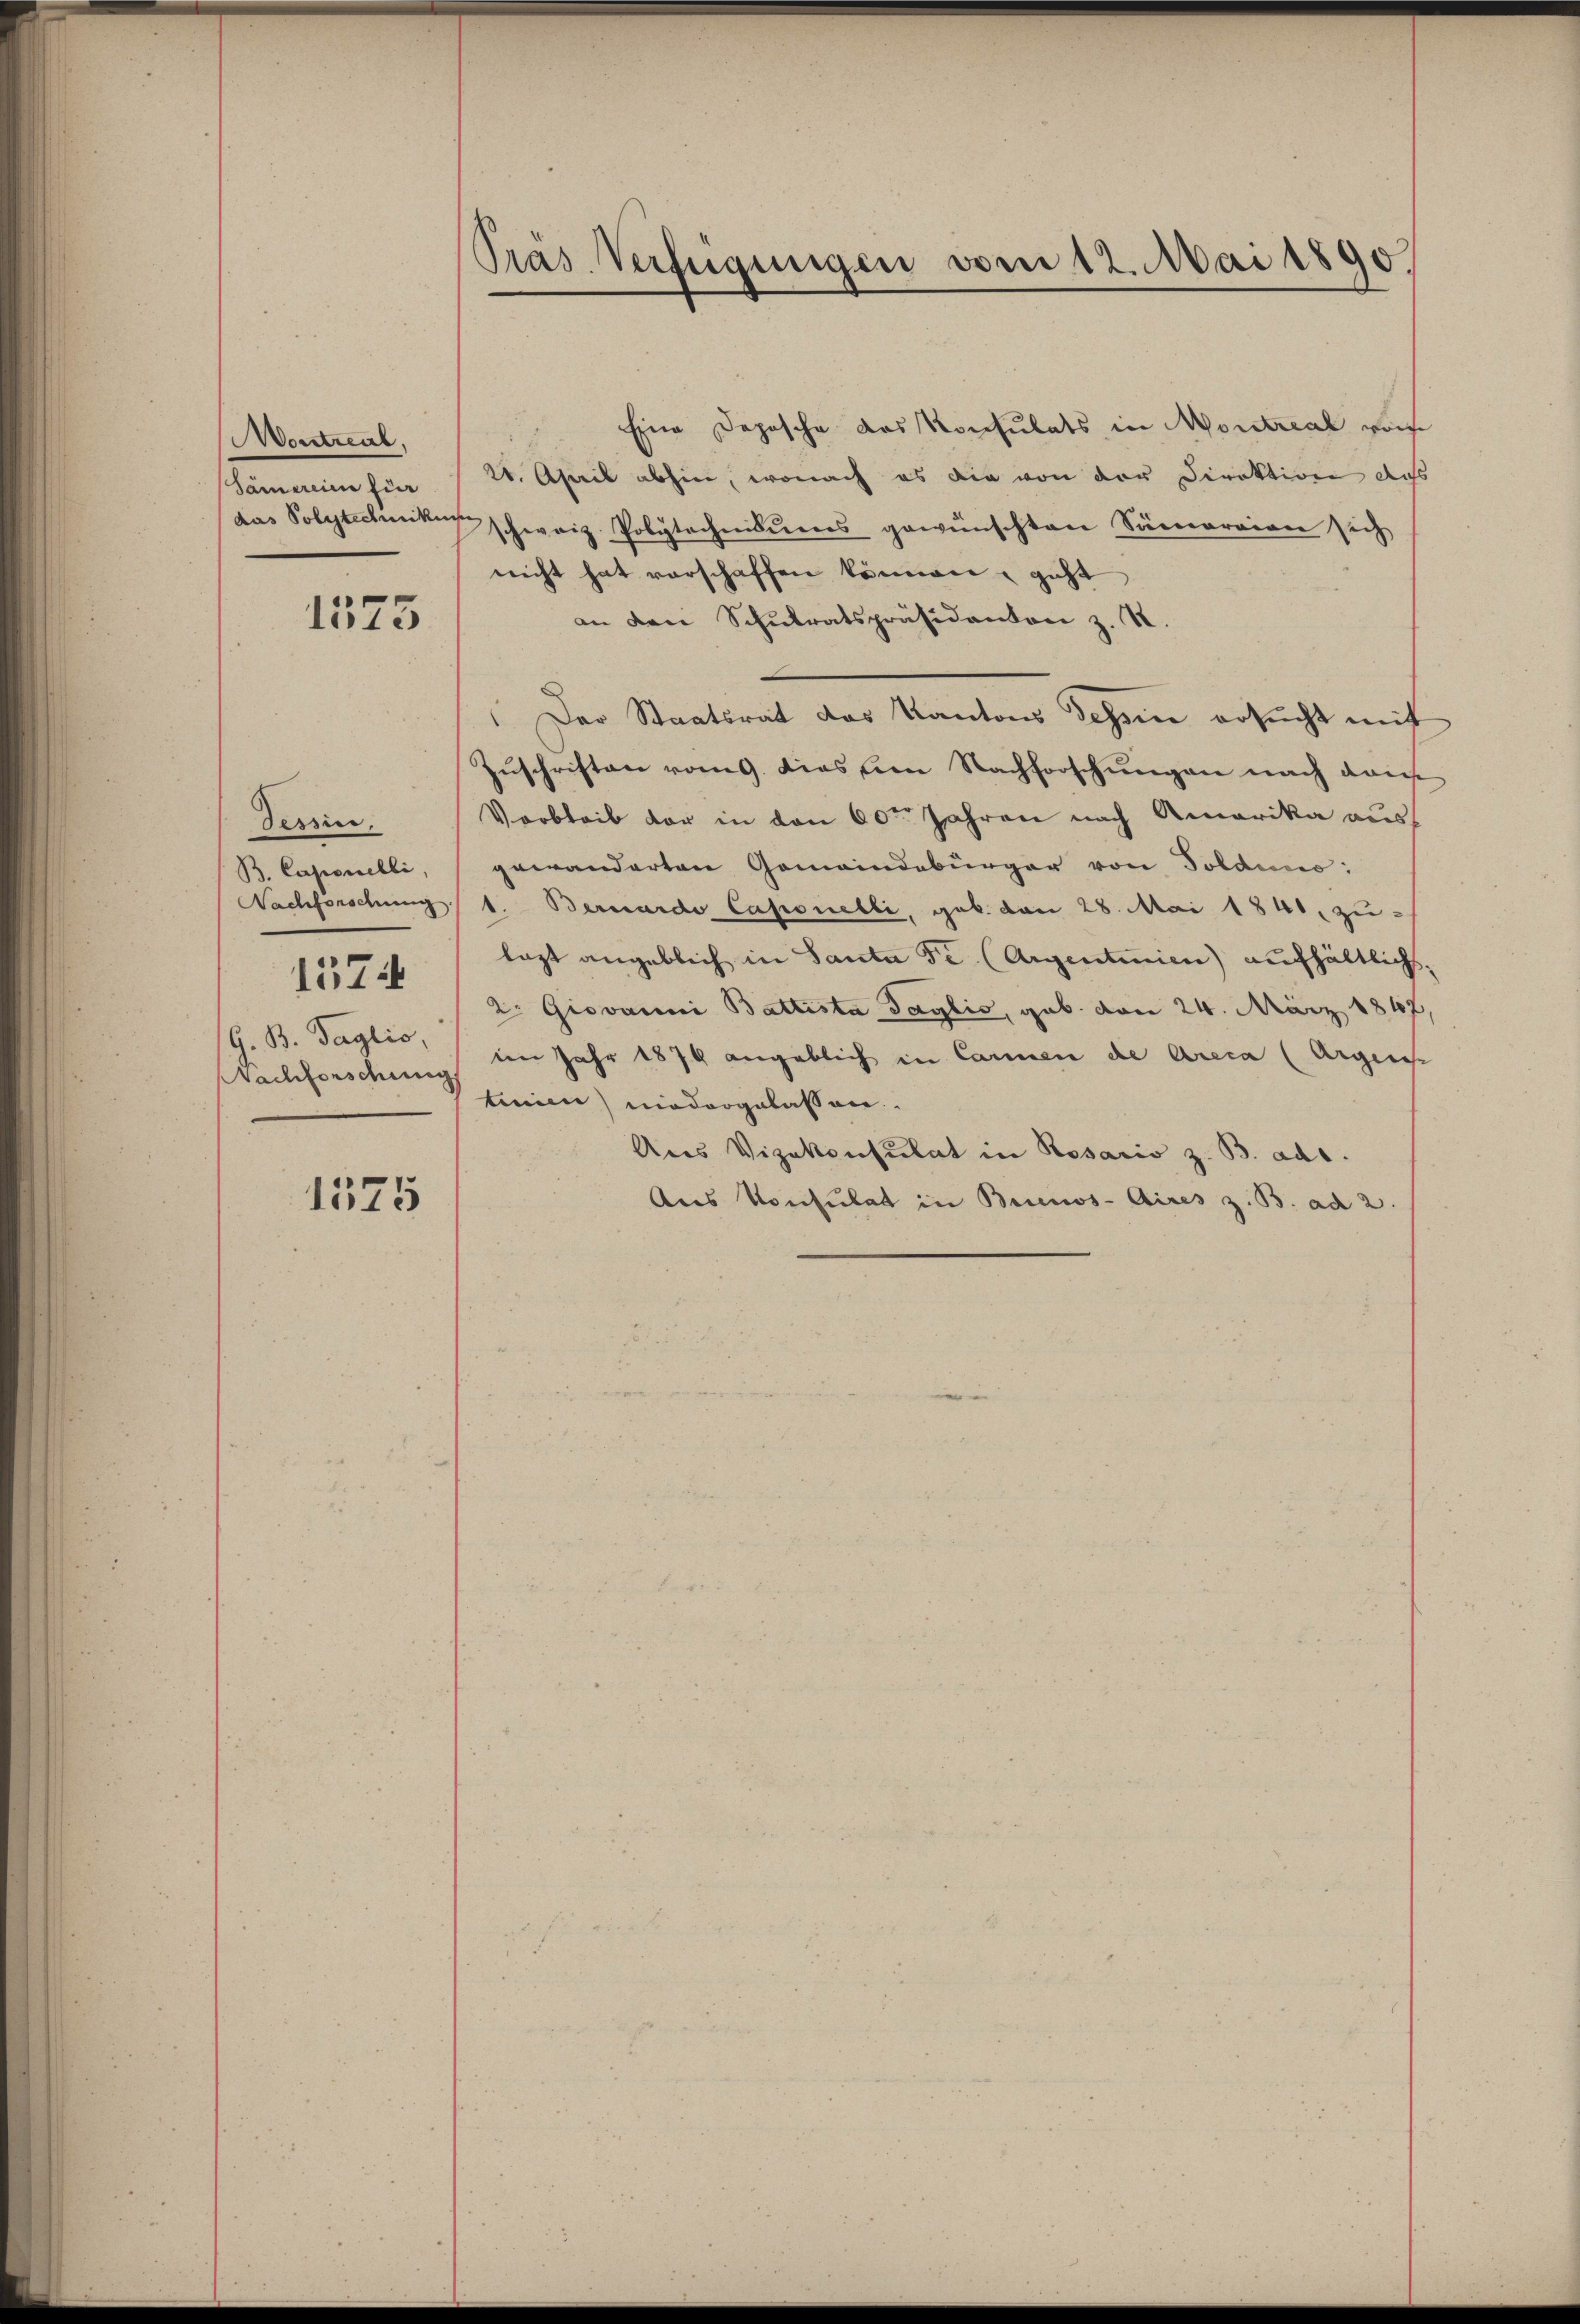
Montreul,
Sämereien für
das Polytechnike

1573

Tessin.
B. Caponelli,
Nachforschung
1574
G. B. Taglio,
Nachforschung

1575

Pras Verfügungen vom 12. Mai 1890.

Eine Depesche das Konsulats in Montreal von
21. April abhin, wonach es die von der Direktion das
schweiz Polytechnisseres gewünschten Samaraion sich
nicht hat verschaffen können, geht
an den Schŭlratspräsidanton z. R.
Der Staatsrat das Kantons Tessin ersucht mit
Zuschriften vom 9. dies am Nachforschungen nach dans
Varbleib vor in den 60ten Jahren nach Amerika ausgewanderten Gemeindebürger von Toldine:
1. Bernardo Caponebli, geb. den 28. Mai 1841, zulagt angeblich in Santa Fr. (Argentinien) aufhältlichs¬
2: Giovanni Battesta Taglić, geb. von 24. März 1847,
im Jahr 1870 angeblich in Cannen die Areca (Argens
tinien) niedergelassen.
Aus Vizekonsulat in Rosario z. B. ad.
Aus Konsulat in Buenos-Aires z. B. ad 2.